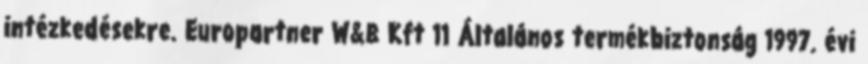
intézkedésekre. Europartner W&B Kft 11 Általános termékbiztonság 1997. évi